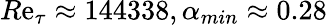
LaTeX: R\mathrm{e}_{\tau}\approx144338,\alpha_{min}\approx0.28